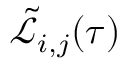
\tilde { \mathcal { L } } _ { i , j } ( \tau )